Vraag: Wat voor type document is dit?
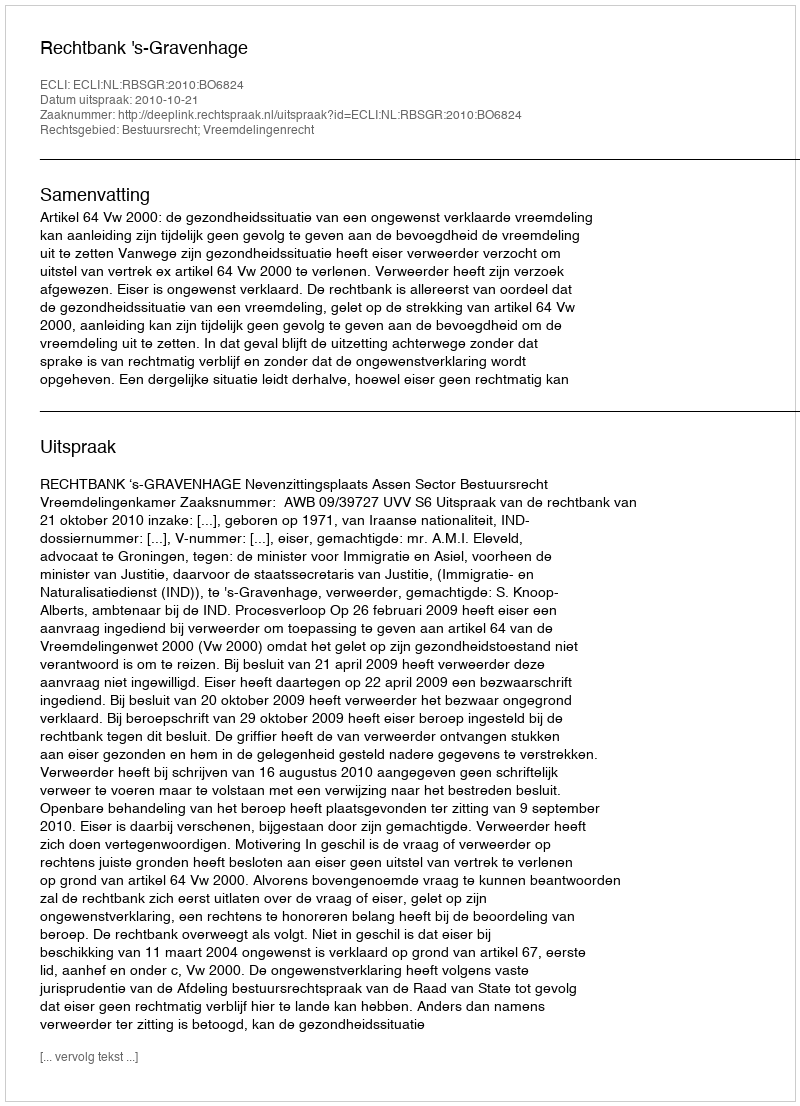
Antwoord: Uitspraak